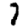
Digit: 7